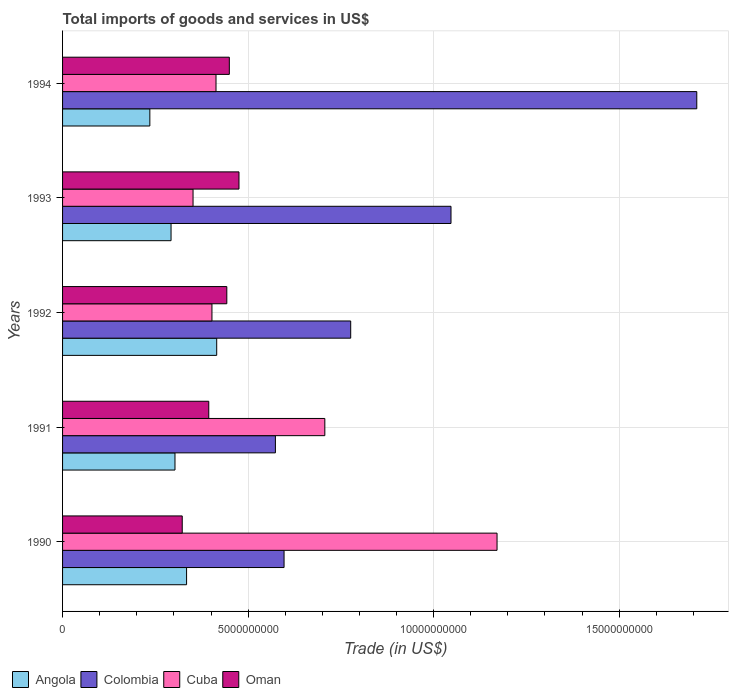
| Years | Angola | Colombia | Cuba | Oman |
 | --- | --- | --- | --- | --- |
 | 1990 | 3.34e+09 | 5.97e+09 | 1.17e+10 | 3.22e+09 |
 | 1991 | 3.03e+09 | 5.74e+09 | 7.07e+09 | 3.94e+09 |
 | 1992 | 4.15e+09 | 7.77e+09 | 4.03e+09 | 4.43e+09 |
 | 1993 | 2.92e+09 | 1.05e+10 | 3.52e+09 | 4.75e+09 |
 | 1994 | 2.35e+09 | 1.71e+10 | 4.14e+09 | 4.49e+09 |